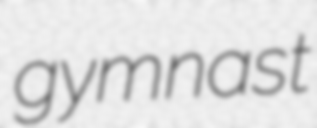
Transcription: gymnast